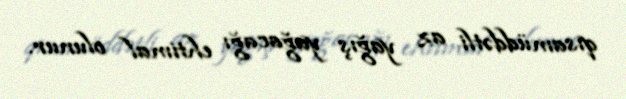
qısamüddətli az yağış yağacağı ehtimal olunur.